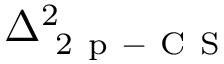
\Delta _ { \mathrm { ~ 2 ~ p ~ - ~ C ~ S ~ } } ^ { 2 }